Annual administration report of the Civil Veterinary Department of India - 1897-1898
Year: 1897
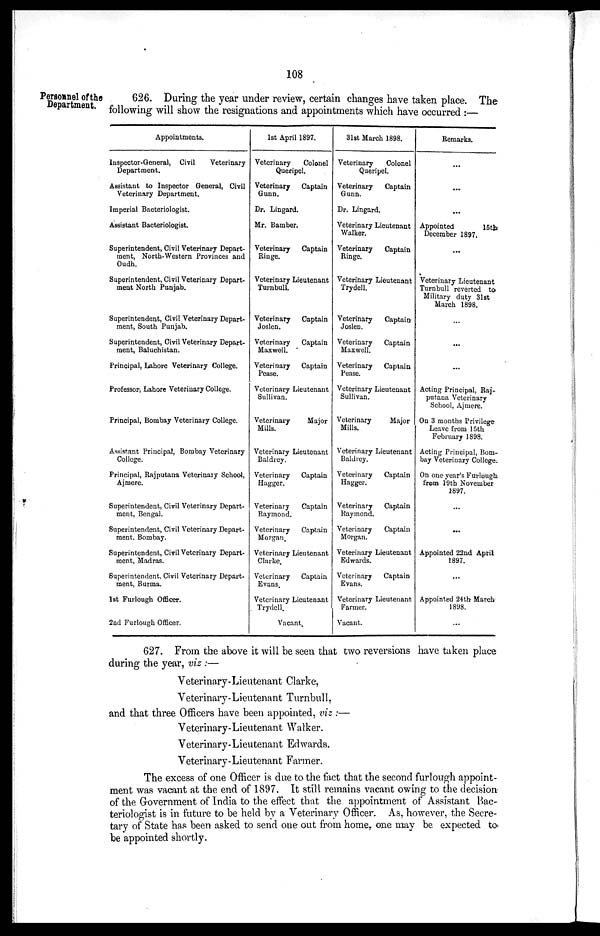
108
Personnel of the
Department.
626. During the year under review, certain changes have taken place. The
following will show the resignations and appointments which have occurred:—
Appointments.
Inspector-General, Civil
Veterinary
Department.
Assistant to Inspector General, Civil
Veterinary Department.
Imperial Bacteriologist.
Assistant Bacteriologist.
Superintendent, Civil Veterinary Depart-
ment, North-Western Provinces and
Oudh.
Superintendent, Civil Veterinary Depart-
ment North Punjab.
Superintendent, Civil Veterinary Depart-
ment, South Punjab.
Superintendent, Civil Veterinary Depart-
ment, Baluchistan.
Principal, Lahore Veterinary College.
Professor, Lahore Veterinary College.
Principal, Bombay Veterinary College.
Assistant Principal, Bombay Veterinary
College.
Principal, Rajputana Veterinary School,
Ajmere.
Superintendent, Civil Veterinary Depart-
ment, Bengal.
Superintendent, Civil Veterinary Depart-
ment, Bombay.
Superintendent, Civil Veterinary Depart-
ment, Madras.
Superintendent, Civil Veterinary Depart-
ment, Burma.
1st Furlough Officer.
2nd Furlough Officer.
1st April 1897.
Veterinary
Colonel
Queripel.
Veterinary
Captain
Gunn.
Dr. Lingard.
Mr. Bamber.
Veterinary
Captain
Ringe.
Veterinary Lieutenant
Turnbull.
Veterinary
Captain
Joslen.
Veterinary
Captain
Maxwell.
Veterinary
Captain
Pease.
Veterinary Lieutenant
Sullivan.
Veterinary
Major
Mills.
Veterinary Lieutenant
Baldrey.
Veterinary
Captain
Hagger.
Veterinary
Captain
Raymond.
Veterinary
Captain
Morgan,
Veterinary Lieutenant
Clarke.
Veterinary
Captain
Evans.
Veterinary Lieutenant
Trydell.
Vacant.
31st March 1898.
Veterinary
Colonel
Queripel.
Veterinary
Captain
Gunn.
Dr. Lingard.
Veterinary Lieutenant
Walker.
Veterinary
Captain
Ringe.
Veterinary Lieutenant
Trydell.
Veterinary
Captain
Joslen.
Veterinary
Captain
Maxwell.
Veterinary
Captain
Pease.
Veterinary Lieutenant
Sullivan.
Veterinary
Major
Mills.
Veterinary Lieutenant
Baldrey.
Veterinary
Captain
Hagger.
Veterinary
Captain
Raymond.
Veterinary
Captain
Morgan.
Veterinary Lieutenant
Edwards.
Veterinary
Captain
Evans.
Veterinary Lieutenant
Farmer.
Vacant.
Remarks.
...
...
...
Appointed
15th
December 1897.
...
Veterinary Lieutenant
Turnbull reverted to
Military duty 31st
March 1898.
...
...
...
Acting Principal, Raj-
putana Veterinary
School, Ajmere.
On 3 months Privilege
Leave from 15th
February 1898.
Acting Principal, Bom-
bay Veterinary College.
On one year's Furlough
from 19th November
1897.
...
...
Appointed 22nd April
1897.
...
Appointed 24th March
1898.
...
627. From the above it will be seen that two reversions have taken place
during the year, viz :—
Veterinary-Lieutenant Clarke,
Veterinary-Lieutenant Turnbull,
and that three Officers have been appointed, viz :—
Veterinary-Lieutenant Walker.
Veterinary-Lieutenant Edwards.
Veterinary-Lieutenant Farmer.
The excess of one Officer is due to the fact that the second furlough appoint-
ment was vacant at the end of 1897. It still remains vacant owing to the decision
of the Government of India to the effect that the appointment of Assistant Bac-
teriologist is in future to be held by a Veterinary Officer. As, however, the Secre-
tary of State has been asked to send one out from home, one may be expected to
be appointed shortly.